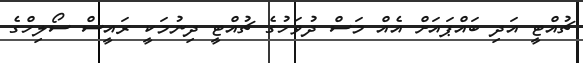
ޗުއްޓީ އަދި ބައްޕައަށް އެއް މަސް ދުވަހުގެ ޗުއްޓީ ދިނުމަކީ ރައީސް ސޯލިހްގެ